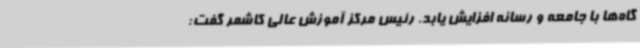
گاه‌ها با جامعه و رسانه افزایش یابد. رئیس مرکز آموزش عالی کاشمر گفت: